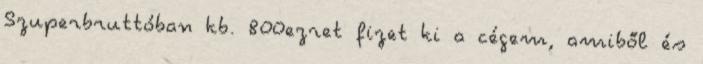
Szuperbruttóban kb. 800ezret fizet ki a cégem, amiből és